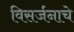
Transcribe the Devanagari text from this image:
विसर्जनाचे